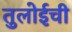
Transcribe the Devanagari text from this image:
तुलोईची